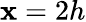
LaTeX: \mathbf{x}=2h